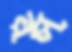
রস্‌